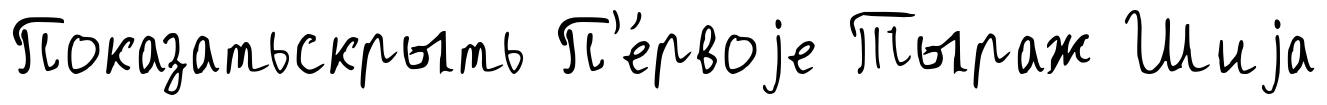
Показатьскрыть П'е́рвоjе Тыраж Шиjа